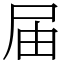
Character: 届